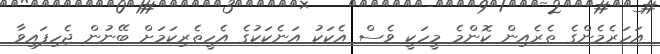
އަހަރެމެންގެ ތެރެއިން ކޮންމެ މީހަކީ ވެސް އެކަކު އަނެކަކުގެ އެހީތެރިކަމަށް ބޭނުން ޖެހިފައިވާ